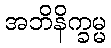
အဘိနိက္ခမ္မ